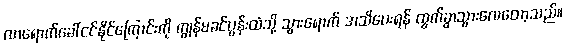
လာရောက်ခေါ်ငင်နိုင်ကြောင်းကို ကျွန်မခင်ပွန်းထံသို့ သွားရောက် အသိပေးရန် ထွက်ခွာသွားလေတော့သည်။